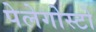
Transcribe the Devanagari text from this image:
पेलेगोस्टो